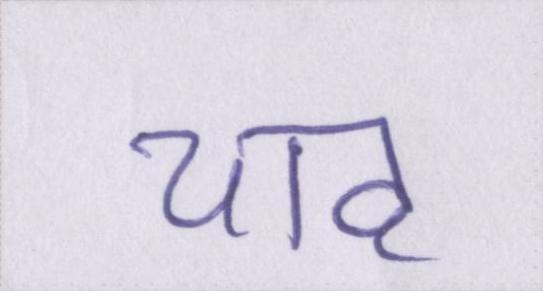
चाह